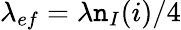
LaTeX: \lambda_{ef}=\lambda\mathtt{n}_{I}(i)/4